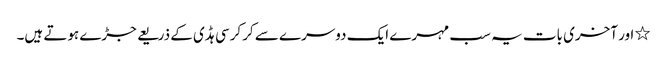
٭ اور آخری بات یہ سب مہرے ایک دوسرے سے کرکرسی ہڈی کے ذریعے جڑے ہوتے ہیں۔